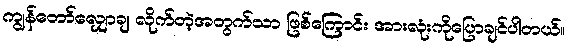
ကျွန်တော်လျှောချ လိုက်တဲ့အတွက်သာ ဖြစ်ကြောင်း အားလုံးကိုပြောချင်ပါတယ်။